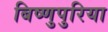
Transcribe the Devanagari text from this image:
बिष्णुपुरिया